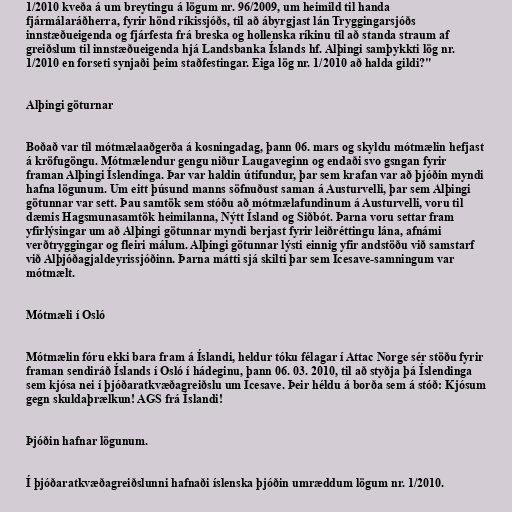
1/2010 kveða á um breytingu á lögum nr. 96/2009, um heimild til handa
fjármálaráðherra, fyrir hönd ríkissjóðs, til að ábyrgjast lán Tryggingarsjóðs
innstæðueigenda og fjárfesta frá breska og hollenska ríkinu til að standa straum af
greiðslum til innstæðueigenda hjá Landsbanka Íslands hf. Alþingi samþykkti lög nr.
1/2010 en forseti synjaði þeim staðfestingar. Eiga lög nr. 1/2010 að halda gildi?"

Alþingi göturnar

Boðað var til mótmælaaðgerða á kosningadag, þann 06. mars og skyldu mótmælin hefjast
á kröfugöngu. Mótmælendur gengu niður Laugaveginn og endaði svo gsngan fyrir
framan Alþingi Íslendinga. Þar var haldin útifundur, þar sem krafan var að þjóðin myndi
hafna lögunum. Um eitt þúsund manns söfnuðust saman á Austurvelli, þar sem Alþingi
götunnar var sett. Þau samtök sem stóðu að mótmælafundinum á Austurvelli, voru til
dæmis Hagsmunasamtök heimilanna, Nýtt Ísland og Siðbót. Þarna voru settar fram
yfirlýsingar um að Alþingi götunnar myndi berjast fyrir leiðréttingu lána, afnámi
verðtryggingar og fleiri málum. Alþingi götunnar lýsti einnig yfir andstöðu við samstarf
við Alþjóðagjaldeyrissjóðinn. Þarna mátti sjá skilti þar sem Icesave-samningum var
mótmælt.

Mótmæli í Osló

Mótmælin fóru ekki bara fram á Íslandi, heldur tóku félagar í Attac Norge sér stöðu fyrir
framan sendiráð Íslands í Osló í hádeginu, þann 06. 03. 2010, til að styðja þá Íslendinga
sem kjósa nei í þjóðaratkvæðagreiðslu um Icesave. Þeir héldu á borða sem á stóð: Kjósum
gegn skuldaþrælkun! AGS frá Íslandi!

Þjóðin hafnar lögunum.

Í þjóðaratkvæðagreiðslunni hafnaði íslenska þjóðin umræddum lögum nr. 1/2010.